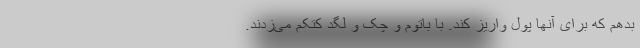
بدهم که برای آنها پول واریز کند. با باتوم و چک و لگد کتکم می‌زدند.